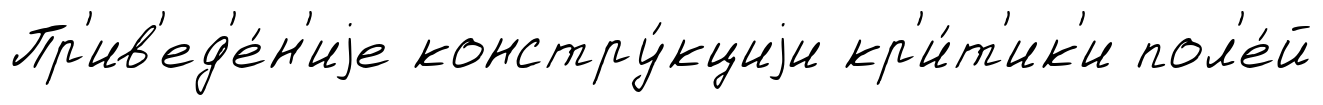
Пр'ив'ед'е́н'иjе констру́кциjи кр'и́т'ик'и пол'е́й